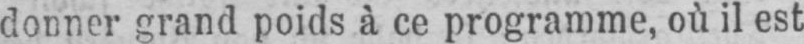
donner grand poids à ce programme, où il est